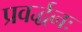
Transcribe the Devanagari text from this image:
प्रवर्द्धनः